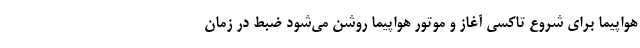
هواپیما برای شروع تاکسی آغاز و موتور هواپیما روشن می‌شود ضبط در زمان